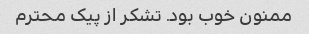
ممنون خوب بود. تشکر از پیک محترم